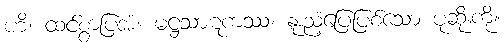
ဟိ၊ ထင်စွာပြအံ့။ မဋ္ဌသာဋကဿ၊ နူးညံ့ပြေပြစ်သော ပုဆိုးကို။